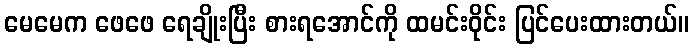
မေမေက ဖေဖေ ရေချိုးပြီး စားရအောင်ကို ထမင်းဝိုင်း ပြင်ပေးထားတယ်။